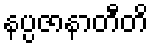
နပ္ပဇာနာတီတိ